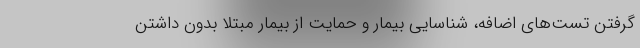
گرفتن تست‌های اضافه، شناسایی بیمار و حمایت از بیمار مبتلا بدون داشتن